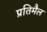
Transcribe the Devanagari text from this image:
प्रतिमैल